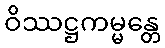
ဝိဿဋ္ဌကမ္မန္တေ